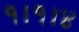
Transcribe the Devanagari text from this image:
१।१।४